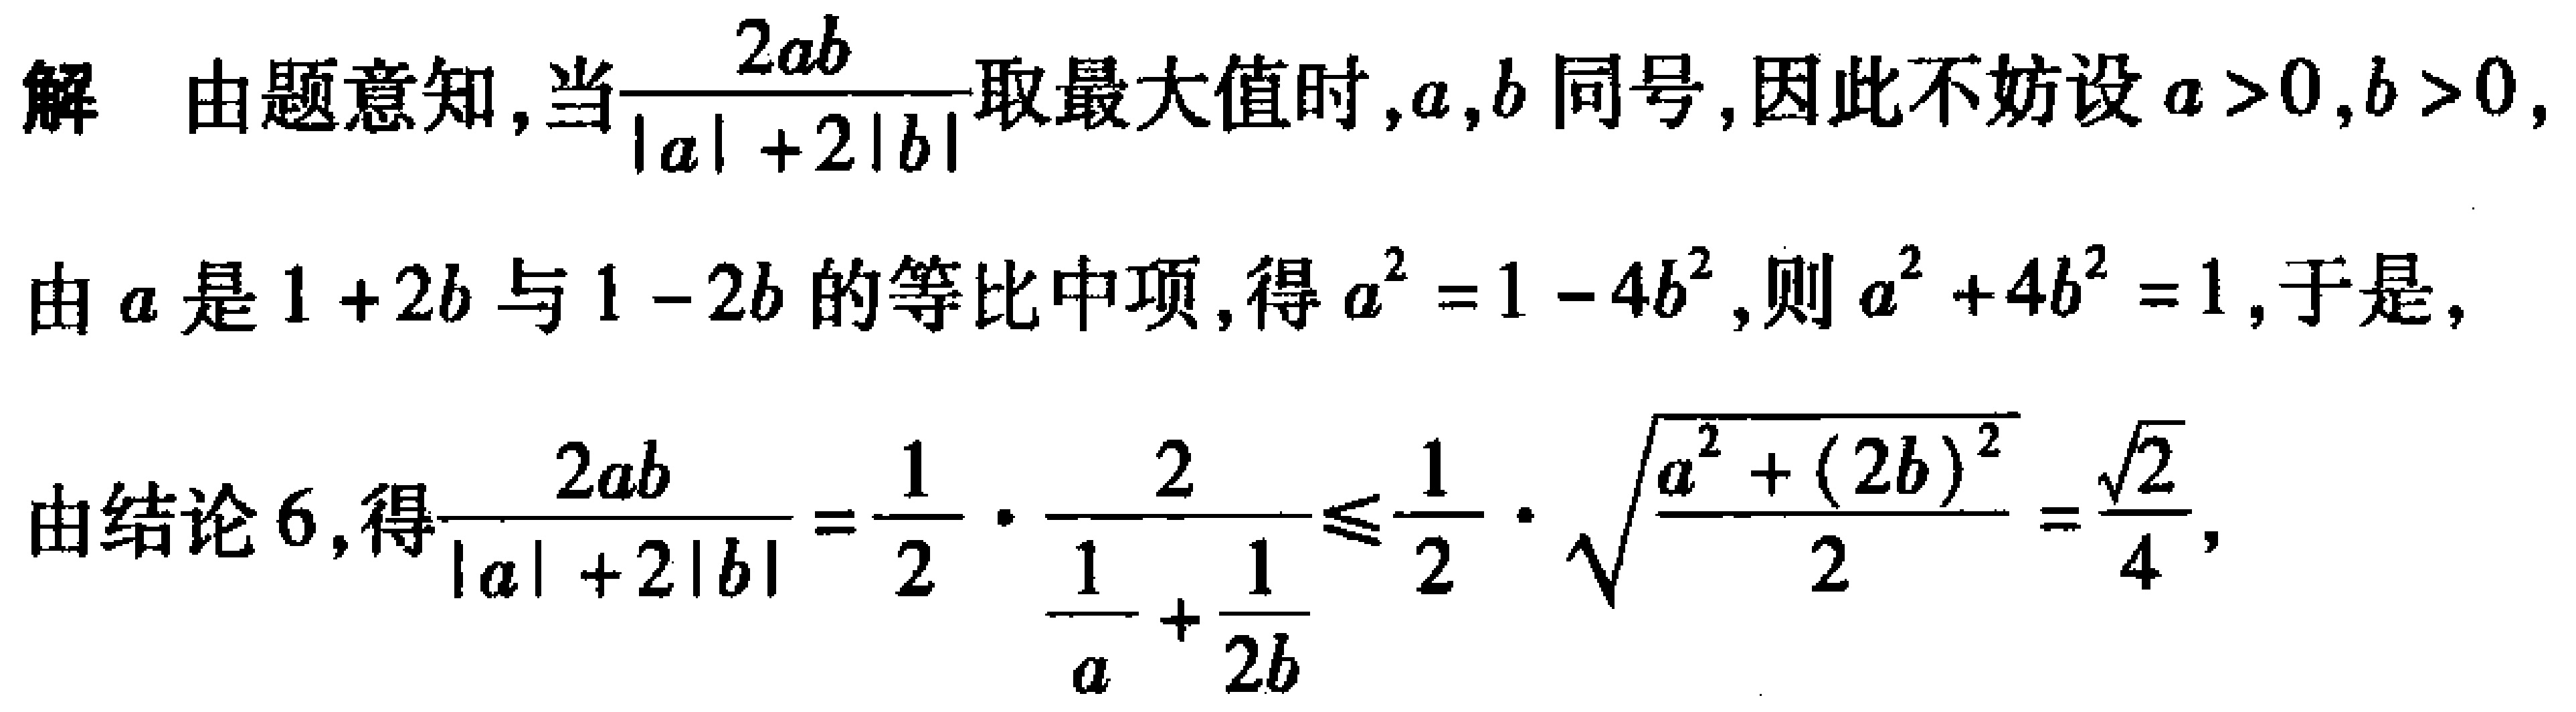
解 由题意知,当$\frac{2ab}{|a| + 2|b|}$取最大值时,$a,b$同号,因此不妨设$a > 0,b > 0$,

由$a$是$1 + 2b$与$1 - 2b$的等比中项,得$a^{2} = 1 - 4b^{2}$,则$a^{2} + 4b^{2} = 1$,于是,

由结论6,得$\frac{2ab}{|a| + 2|b|}=\frac{1}{2}\cdot\frac{2}{\frac{1}{a}+\frac{1}{2b}}\leq\frac{1}{2}\cdot\sqrt{\frac{a^{2} + (2b)^{2}}{2}}=\frac{\sqrt{2}}{4}$,